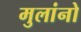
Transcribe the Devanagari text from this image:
मुलांनो